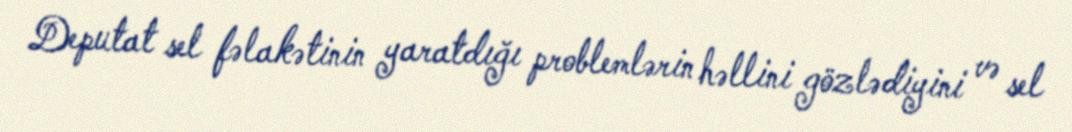
Deputat sel fəlakətinin yaratdığı problemlərin həllini gözlədiyini və sel